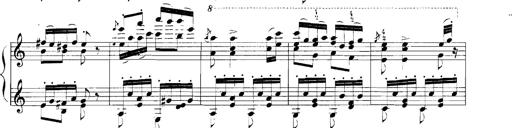
Title: Rhapsodies hongroises
Composer: Franz Liszt